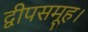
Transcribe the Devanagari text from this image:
द्वीपसमूह।